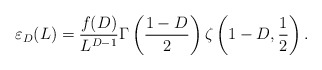
\begin{align*}\varepsilon_{D}(L)=\frac{f(D)}{L^{D-1}}\Gamma\left(\frac{1-D}{2}\right) \zeta\left(1-D,\frac1{2}\right).\end{align*}